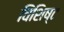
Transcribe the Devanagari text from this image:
विशिष्‍ट